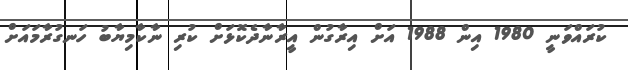
ކުރައްވަނީ 1980 އިން 1988 އަށް އިރާގުން އީރާނާދެކޮޅަށް ކުރި ނާކާމިޔާބު ހަނގުރާމައަށް